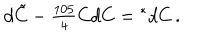
d \tilde { C } - { \textstyle { \frac { 1 0 5 } { 4 } } } C d C = { } ^ { * } d C \, .